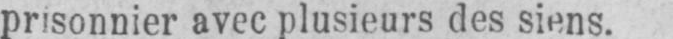
prisonnier avec plusieurs des siens.